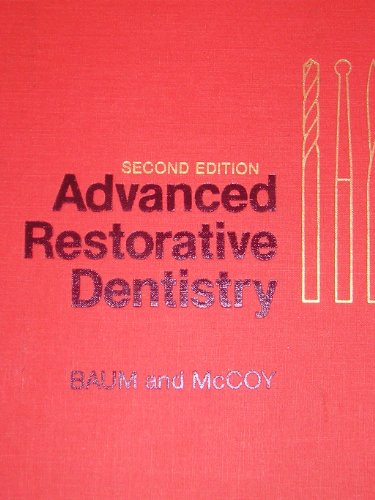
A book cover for Advanced Restorative Dentistry; R.B. Baum; Medical Books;